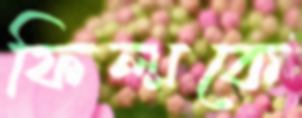
ফিল্মকে